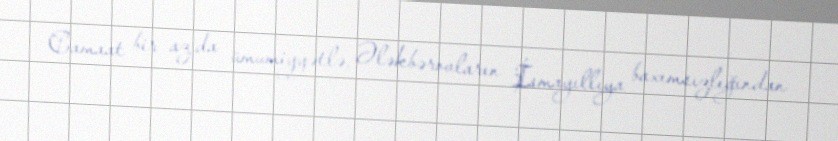
Camaat bir az da ümumiyyətlə, Ələkbərovların İsmayıllıya baxımsızlığından